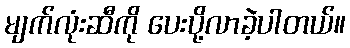
မျက်လုံးဆီကို ပေးပို့လာခဲ့ပါတယ်။